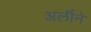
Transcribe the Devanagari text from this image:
अर्लीने